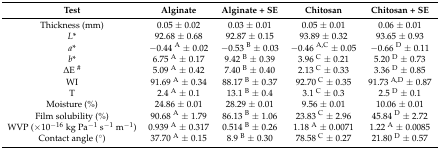
<table><thead><tr><td><b>Test</b></td><td><b>Alginate</b></td><td><b>Alginate + SE</b></td><td><b>Chitosan</b></td><td><b>Chitosan + SE</b></td></tr></thead><tbody><tr><td>Thickness (mm)</td><td>0.05 ± 0.02</td><td>0.03 ± 0.01</td><td>0.05 ± 0.01</td><td>0.06 ± 0.01</td></tr><tr><td><i>L</i>*</td><td>92.68 ± 0.68</td><td>92.87 ± 0.15</td><td>93.89 ± 0.32</td><td>93.65 ± 0.93</td></tr><tr><td><i>a</i>*</td><td>−0.44 <sup>A</sup> ± 0.02</td><td>−0.53 <sup>B</sup> ± 0.03</td><td>−0.46 <sup>A,C</sup> ± 0.05</td><td>−0.66 <sup>D</sup> ± 0.11</td></tr><tr><td><i>b</i>*</td><td>6.75 <sup>A</sup> ± 0.17</td><td>9.42 <sup>B</sup> ± 0.39</td><td>3.96 <sup>C</sup> ± 0.21</td><td>5.20 <sup>D</sup> ± 0.73</td></tr><tr><td>ΔE <sup>#</sup></td><td>5.09 <sup>A</sup> ± 0.42</td><td>7.40 <sup>B</sup> ± 0.40</td><td>2.13 <sup>C</sup> ± 0.33</td><td>3.36 <sup>D</sup> ± 0.85</td></tr><tr><td>WI</td><td>91.69 <sup>A</sup> ± 0.34</td><td>88.17 <sup>B</sup> ± 0.37</td><td>92.70 <sup>C</sup> ± 0.35</td><td>91.73 <sup>A,D</sup> ± 0.87</td></tr><tr><td>T</td><td>2.4 <sup>A</sup> ± 0.1</td><td>13.1 <sup>B</sup> ± 0.4</td><td>3.1 <sup>C</sup> ± 0.3</td><td>2.5 <sup>D</sup> ± 0.1</td></tr><tr><td>Moisture (%)</td><td>24.86 ± 0.01</td><td>28.29 ± 0.01</td><td>9.56 ± 0.01</td><td>10.06 ± 0.01</td></tr><tr><td>Film solubility (%)</td><td>90.68 <sup>A</sup> ± 1.79</td><td>86.13 <sup>B</sup> ± 1.06</td><td>23.83 <sup>C</sup> ± 2.96</td><td>45.84 <sup>D</sup> ± 2.72</td></tr><tr><td>WVP (×10<sup>−16</sup> kg Pa<sup>−1</sup> s<sup>−1</sup> m<sup>−1</sup>)</td><td>0.939 <sup>A</sup> ± 0.317</td><td>0.514 <sup>B</sup> ± 0.26</td><td>1.18 <sup>A</sup> ± 0.0071</td><td>1.22 <sup>A</sup> ± 0.0085</td></tr><tr><td>Contact angle (°)</td><td>37.70 <sup>A</sup> ± 0.15</td><td>8.9 <sup>B</sup> ± 0.30</td><td>78.58 <sup>C</sup> ± 0.27</td><td>21.80 <sup>D</sup> ± 0.57</td></tr></tbody></table>